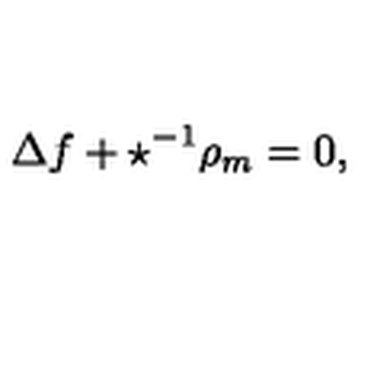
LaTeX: \Delta f + \star ^ { - 1 } \rho _ { m } = 0 ,